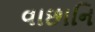
વાછાનિ